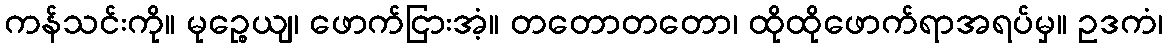
ကန်သင်းကို။ မုဉ္စေယျ၊ ဖောက်ငြားအံ့။ တတောတတော၊ ထိုထိုဖောက်ရာအရပ်မှ။ ဥဒကံ၊